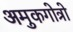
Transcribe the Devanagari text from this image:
अमुकगोत्रो